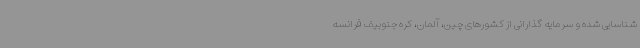
شناسایی شده و سرمایه گذارانی از کشورهای چین، آلمان، کره جنوبیف فرانسه